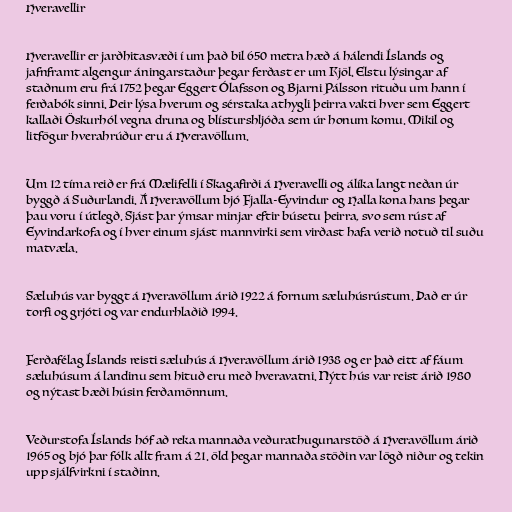
Hveravellir

Hveravellir er jarðhitasvæði í um það bil 650 metra hæð á hálendi Íslands og
jafnframt algengur áningarstaður þegar ferðast er um Kjöl. Elstu lýsingar af
staðnum eru frá 1752 þegar Eggert Ólafsson og Bjarni Pálsson rituðu um hann í
ferðabók sinni. Þeir lýsa hverum og sérstaka athygli þeirra vakti hver sem Eggert
kallaði Öskurhól vegna druna og blísturshljóða sem úr honum komu. Mikil og
litfögur hverahrúður eru á Hveravöllum.

Um 12 tíma reið er frá Mælifelli í Skagafirði á Hveravelli og álíka langt neðan úr
byggð á Suðurlandi. Á Hveravöllum bjó Fjalla-Eyvindur og Halla kona hans þegar
þau voru í útlegð. Sjást þar ýmsar minjar eftir búsetu þeirra, svo sem rúst af
Eyvindarkofa og í hver einum sjást mannvirki sem virðast hafa verið notuð til suðu
matvæla.

Sæluhús var byggt á Hveravöllum árið 1922 á fornum sæluhúsrústum. Það er úr
torfi og grjóti og var endurhlaðið 1994.

Ferðafélag Íslands reisti sæluhús á Hveravöllum árið 1938 og er það eitt af fáum
sæluhúsum á landinu sem hituð eru með hveravatni. Nýtt hús var reist árið 1980
og nýtast bæði húsin ferðamönnum.

Veðurstofa Íslands hóf að reka mannaða veðurathugunarstöð á Hveravöllum árið
1965 og bjó þar fólk allt fram á 21. öld þegar mannaða stöðin var lögð niður og tekin
upp sjálfvirkni í staðinn.